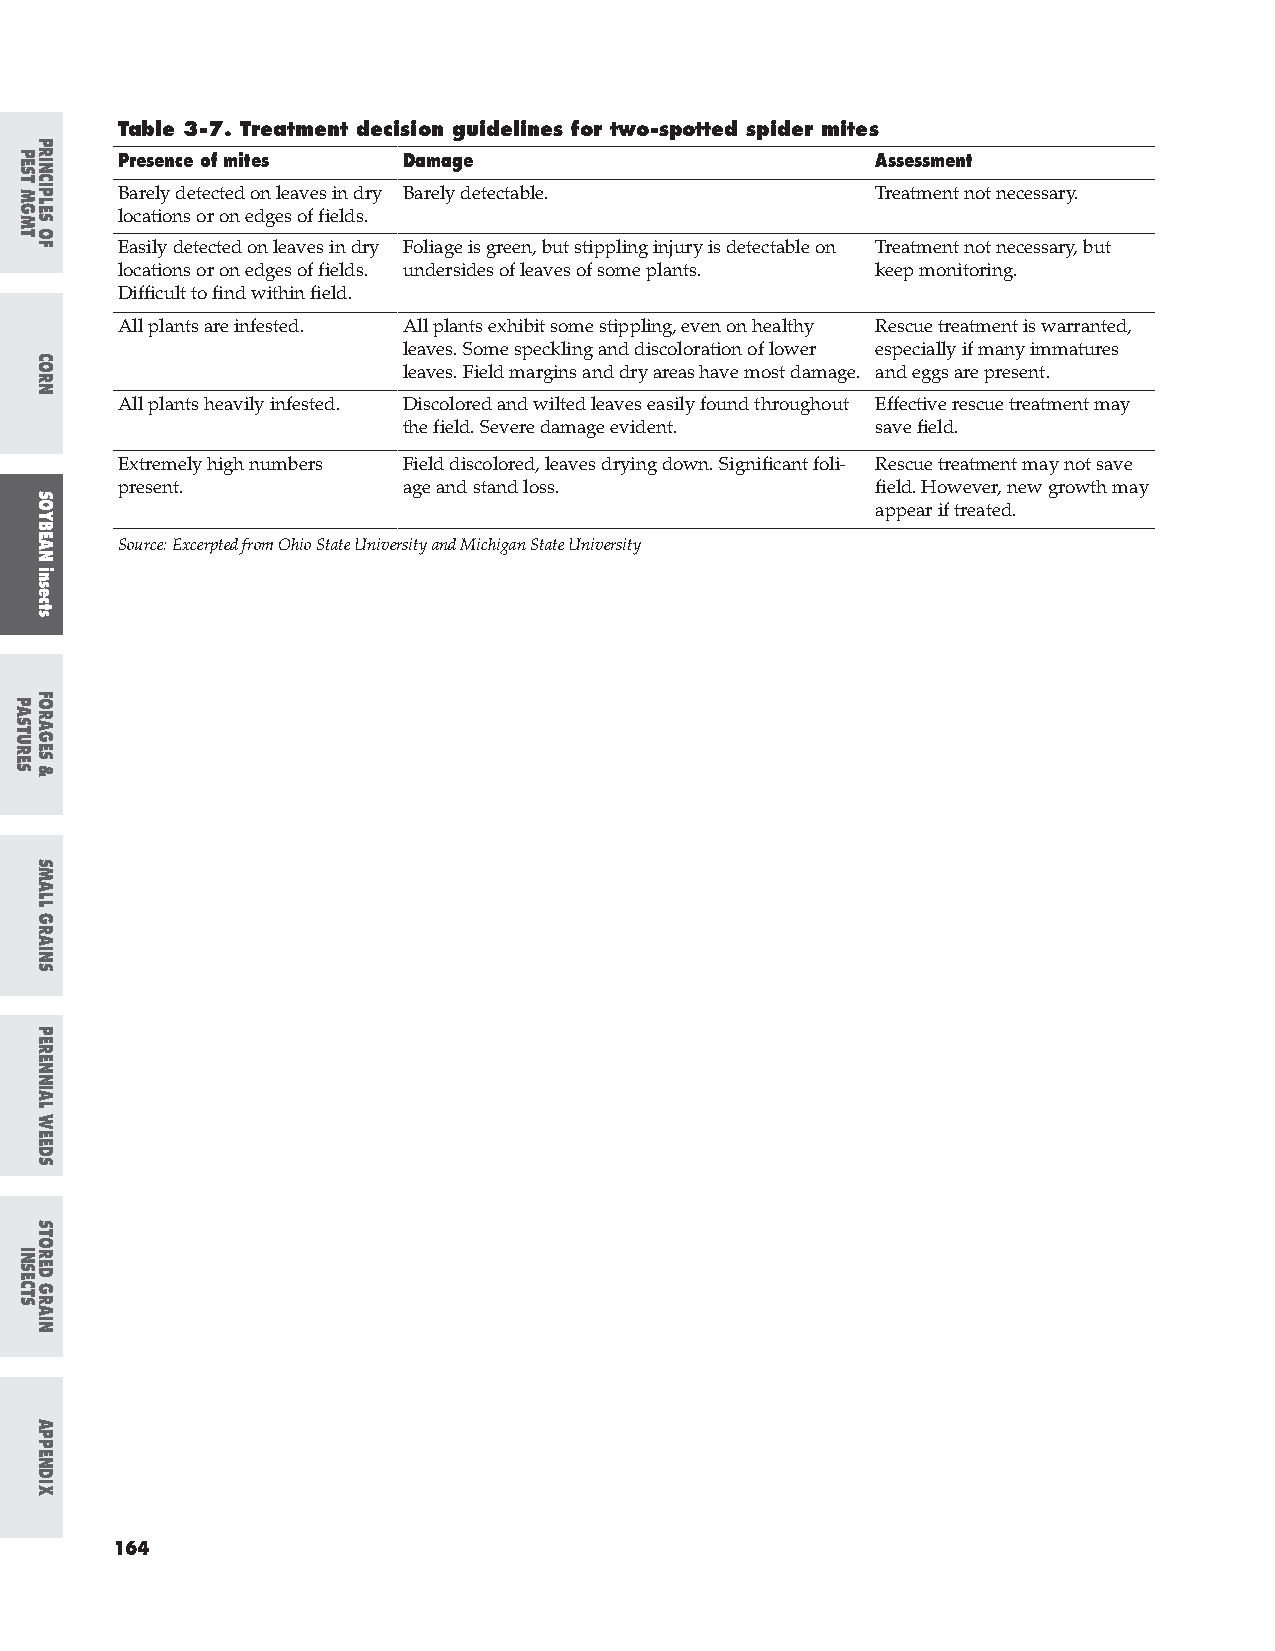
Table 3-7. Treatment decision guidelines for two-spotted spider mites
 Presence of mites  Damage                         Assessment
 Barely detected on leaves in dry Barely detectable. Treatment not necessary.
 locations or on edges of fields.
 Easily detected on leaves in dry Foliage is green, but stippling injury is detectable on Treatment not necessary, but
 locations or on edges of fields. undersides of leaves of some plants. keep monitoring.
 Difficult to find within field.
 All plants are infested. All plants exhibit some stippling, even on healthy Rescue treatment is warranted,
 leaves. Some speckling and discoloration of lower especially if many immatures
 leaves. Field margins and dry areas have most damage. and eggs are present.
 All plants heavily infested. Discolored and wilted leaves easily found throughout Effective rescue treatment may
 the field. Severe damage evident. save field.
 Extremely high numbers Field discolored, leaves drying down. Significant foli- Rescue treatment may not save
 present.           age and stand loss.            field. However, new growth may
 appear if treated.
 Source: Excerpted from Ohio State University and Michigan State University
 164
 PPESEST
 TM
 MNGGMMTT.
 PPAASSTTUURREESS
 IINNSSEECCTTSS
 PPRRIINNCCIIPPLLEESS
 OOFF
 CCOORRNN
 SSOOYYBBEEAANN
 iinnsseeccttss
 FFOORRAAGGEESS
 &&
 SSMMAALLLL
 GGRRAAIINNSS
 PPEERREENNNNIIAALL
 WWEEEEDDSS
 SSTTOORREEDD
 GGRRAAIINN
 AAPPPPEENNDDIIXX